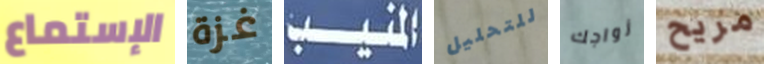
الإستماع غزة المنيب للتحليل زواجك مريح